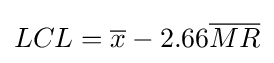
LCL={\overline {x}}-2.66{\overline {MR}}